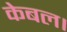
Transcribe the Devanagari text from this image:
केबल।